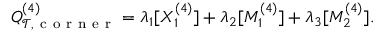
Q _ { \mathcal { T } , \mathrm { ~ c ~ o ~ r ~ n ~ e ~ r ~ } } ^ { ( 4 ) } = \lambda _ { 1 } [ X _ { 1 } ^ { ( 4 ) } ] + \lambda _ { 2 } [ M _ { 1 } ^ { ( 4 ) } ] + \lambda _ { 3 } [ M _ { 2 } ^ { ( 4 ) } ] .